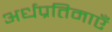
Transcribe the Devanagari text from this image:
अर्धप्रतिमाएँ